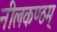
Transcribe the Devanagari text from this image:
नीलकण्ठम्